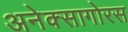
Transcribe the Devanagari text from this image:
अनेक्सागोरस